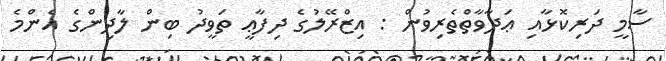
ސާމީ ދަރިކޮޅާއި ޢަދާވާތްތެރިވުން : އިޒްރޭލުގެ ދިފާޢީ ތަވީދު ބިން ލާދިންގެ އެންމެ